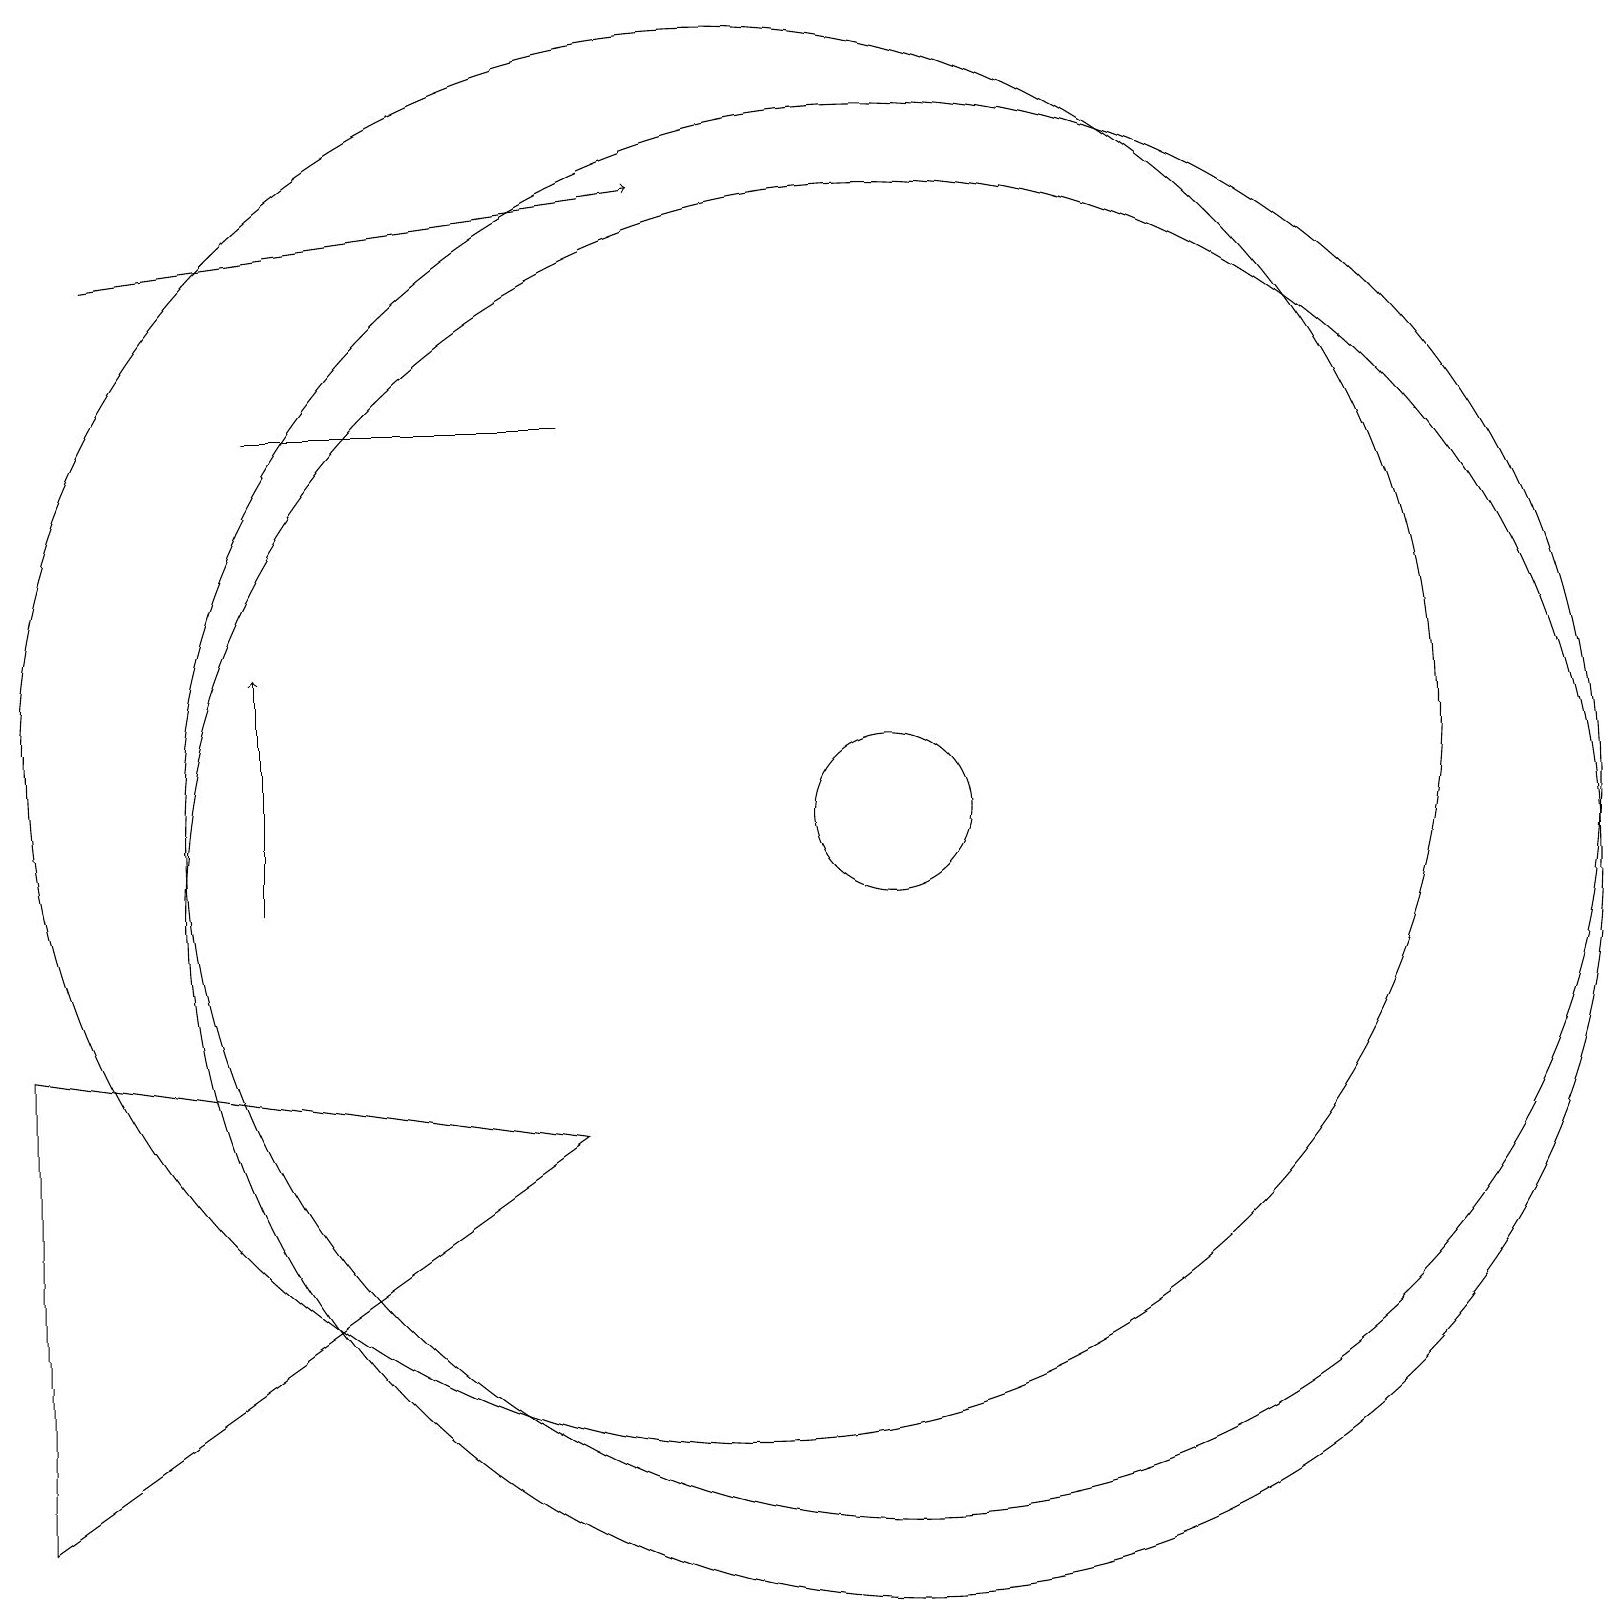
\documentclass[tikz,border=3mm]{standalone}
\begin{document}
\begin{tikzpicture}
\draw (8,16) rectangle (4,16);
\draw (10,12) circle (9);
\draw (12,11) circle (1);
\draw (12,10) circle (9);
\draw (12,11) circle (9);
\draw[->] (2,18) -- (9,19);
\draw[->] (4,10) -- (4,13);
\draw (8,7) -- (1,2) -- (1,8) -- cycle;
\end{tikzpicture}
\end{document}